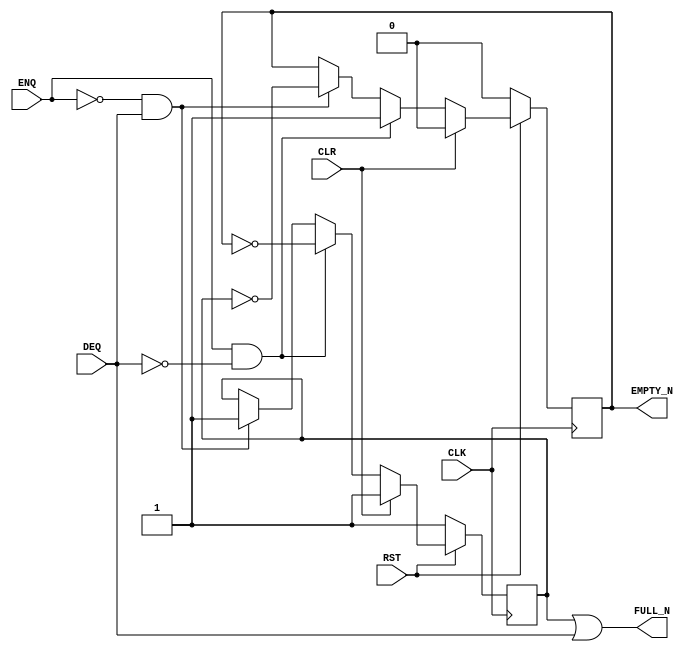

`ifdef BSV_ASSIGNMENT_DELAY
`else
  `define BSV_ASSIGNMENT_DELAY
`endif

`ifdef BSV_POSITIVE_RESET
  `define BSV_RESET_VALUE 1'b1
  `define BSV_RESET_EDGE posedge
`else
  `define BSV_RESET_VALUE 1'b0
  `define BSV_RESET_EDGE negedge
`endif

`ifdef BSV_ASYNC_RESET
 `define BSV_ARESET_EDGE_META or `BSV_RESET_EDGE RST
`else
 `define BSV_ARESET_EDGE_META
`endif



// Depth 2 FIFO  Data width 0, loopy
module FIFOL20(CLK,
               RST,
               ENQ,
               FULL_N,
               DEQ,
               EMPTY_N,
               CLR
               );
   input  RST;
   input  CLK;
   input  ENQ;
   input  CLR;
   input  DEQ;

   output FULL_N;
   output EMPTY_N;

   reg    empty_reg;
   reg    full_reg;

   assign FULL_N  = full_reg || DEQ;
   assign EMPTY_N = empty_reg ;

`ifdef BSV_NO_INITIAL_BLOCKS
`else // not BSV_NO_INITIAL_BLOCKS
   // synopsys translate_off
   initial
     begin
        empty_reg = 1'b0 ;
        full_reg  = 1'b1 ;
     end // initial begin
   // synopsys translate_on
`endif // BSV_NO_INITIAL_BLOCKS

   always@(posedge CLK `BSV_ARESET_EDGE_META)
     begin
        if (RST == `BSV_RESET_VALUE)
          begin
             empty_reg <= `BSV_ASSIGNMENT_DELAY 1'b0;
             full_reg  <= `BSV_ASSIGNMENT_DELAY 1'b1;
          end // if (RST == `BSV_RESET_VALUE)
        else
           begin
              if (CLR)
                begin
                   empty_reg <= `BSV_ASSIGNMENT_DELAY 1'b0;
                   full_reg  <= `BSV_ASSIGNMENT_DELAY 1'b1;
                end
              else if (ENQ && !DEQ)
                begin
                   empty_reg <= `BSV_ASSIGNMENT_DELAY 1'b1;
                   full_reg  <= `BSV_ASSIGNMENT_DELAY ! empty_reg;
                end
              else if (!ENQ && DEQ)
                begin
                   full_reg  <= `BSV_ASSIGNMENT_DELAY 1'b1;
                   empty_reg <= `BSV_ASSIGNMENT_DELAY ! full_reg;
                end // if (!ENQ && DEQ)
           end // else: !if(RST == `BSV_RESET_VALUE)
     end // always@ (posedge CLK or `BSV_RESET_EDGE RST)

   // synopsys translate_off
   always@(posedge CLK)
     begin: error_checks
        reg deqerror, enqerror ;

        deqerror =  0;
        enqerror = 0;
        if (RST == ! `BSV_RESET_VALUE)
          begin
             if ( ! empty_reg && DEQ )
               begin
                  deqerror = 1 ;
                  $display( "Warning: FIFO20: %m -- Dequeuing from empty fifo" ) ;
               end
             if ( ! full_reg && ENQ && !DEQ )
               begin
                  enqerror =  1 ;
                  $display( "Warning: FIFO20: %m -- Enqueuing to a full fifo" ) ;
               end
          end // if (RST == ! `BSV_RESET_VALUE)
     end
   // synopsys translate_on

endmodule